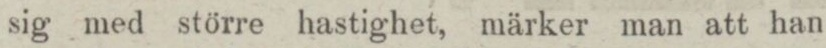
sig med större hastighet, märker man att han